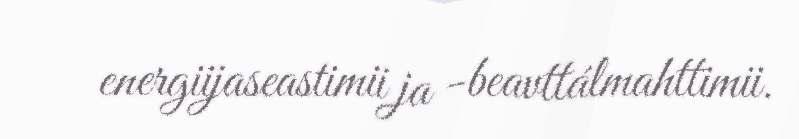
energiijaseastimii ja -beavttálmahttimii.